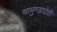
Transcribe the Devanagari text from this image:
चामुण्डादेवी